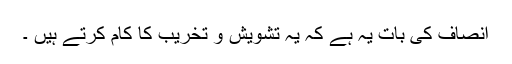
انصاف کی بات یہ ہے کہ یہ تشویش و تخریب کا کام کرتے ہیں ۔